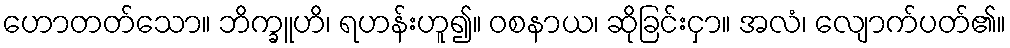
ဟောတတ်သော။ ဘိက္ခူဟိ၊ ရဟန်းဟူ၍။ ဝစနာယ၊ ဆိုခြင်းငှာ။ အလံ၊ လျောက်ပတ်၏။